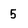
Character: 5